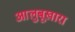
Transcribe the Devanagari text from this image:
आलुबूखारा